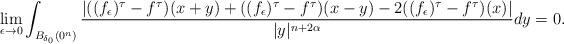
LaTeX: \begin{align*}\lim\limits_{\epsilon\to0}\int_{B_{\delta_0}(0^n)}\frac{|((f_{\epsilon})^{\tau}-f^{\tau})(x+y)+((f_{\epsilon})^{\tau}-f^{\tau})(x-y)-2((f_{\epsilon})^{\tau}-f^{\tau})(x)|}{|y|^{n+2\alpha}}dy=0.\end{align*}